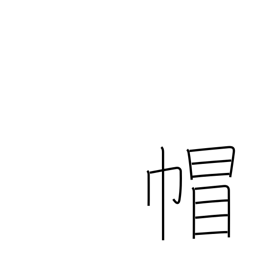
Meaning: headgear